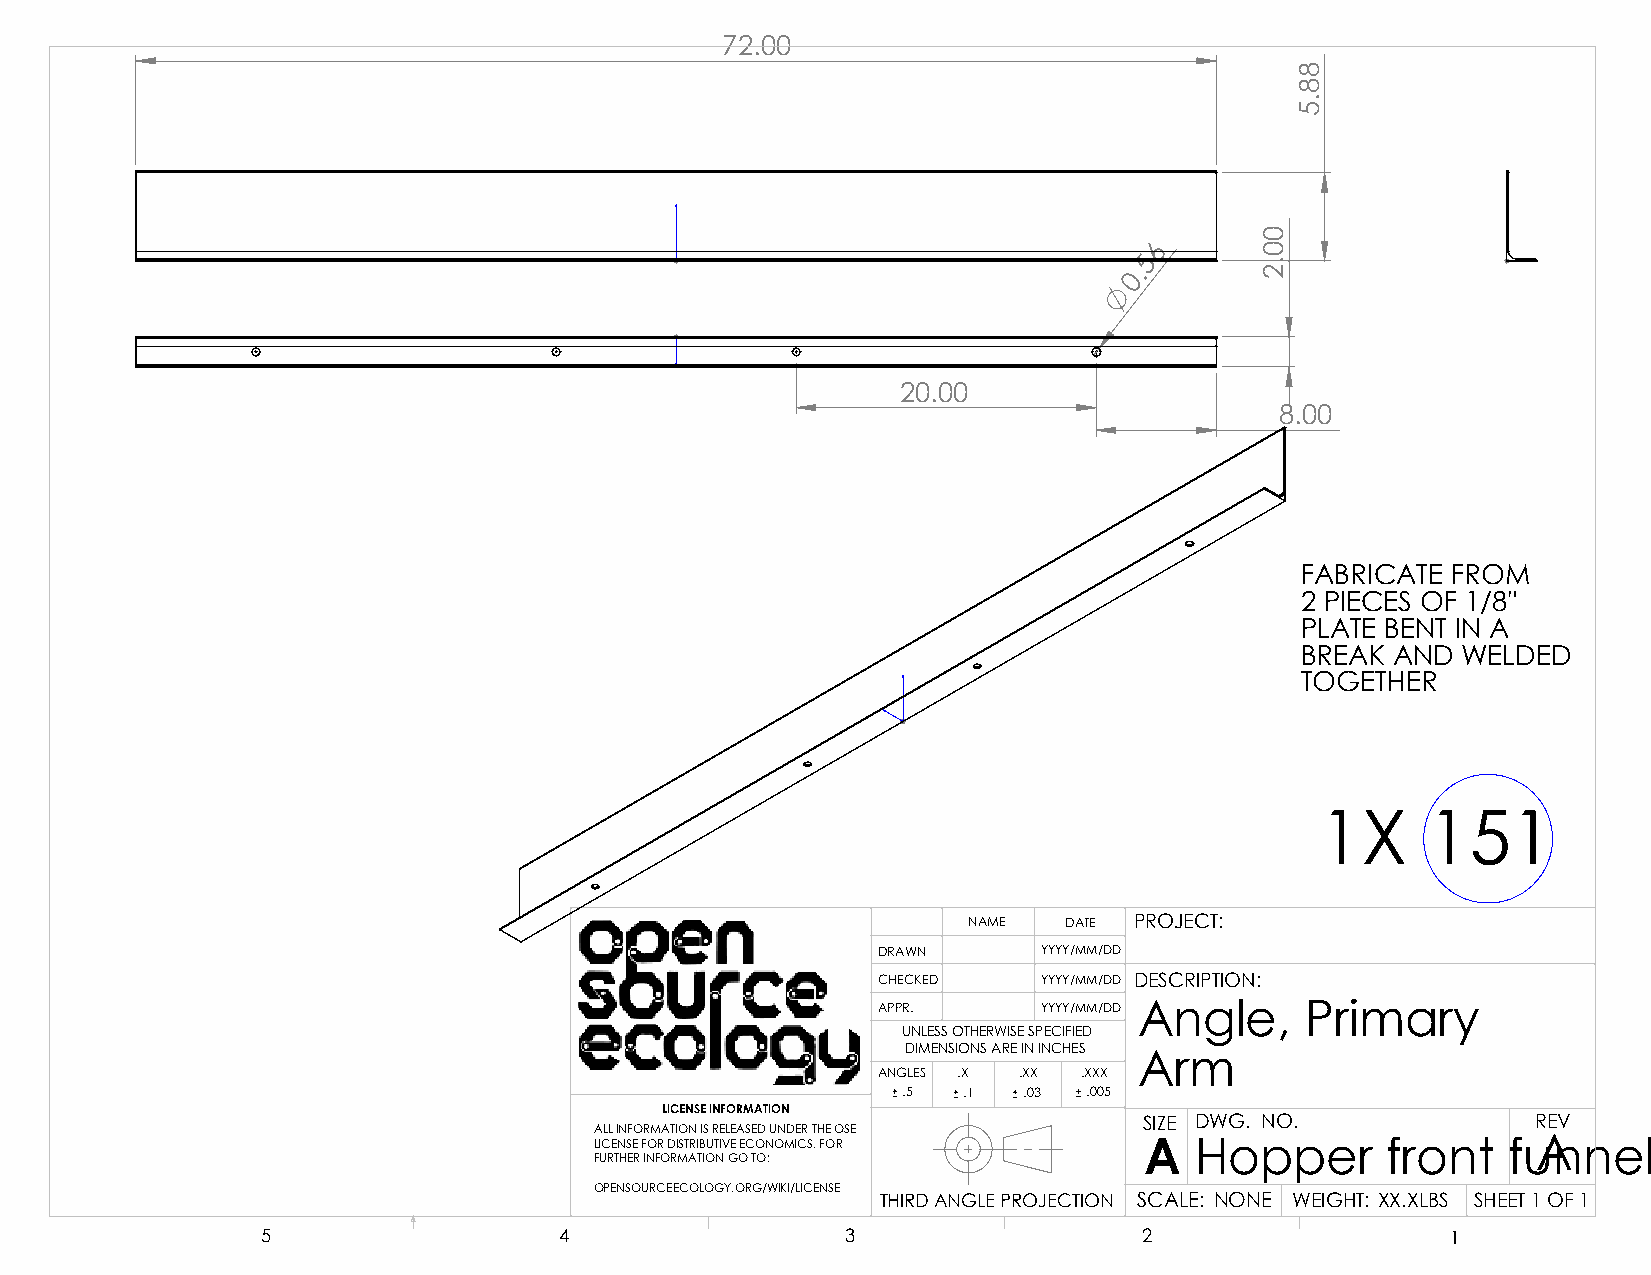
72.00
 6
 5
 0.
 20.00
 8.00
 FABRICATE FROM
 2 PIECES OF 1/8"
 PLATE BENT IN A
 BREAK AND  WELDED
 TOGETHER
 1X     151
 NAME  DATE PROJECT:
 DRAWN      YYYY/MM/DD
 CHECKED    YYYY/MM/DD DESCRIPTION:
 APPR.      YYYY/MM/DD Angle, Primary
 UNLESS OTHERWISE SPECIFIED
 DIMENSIONS ARE IN INCHES
 Arm
 ANGLES .X .XX .XXX
 .5  .1  .03 .005
 LICENSE INFORMATION
 SIZE DWG. NO.             REV
 ALL INFORMATION IS RELEASED UNDER THE OSE
 LICENSE FOR DISTRIBUTIVE ECONOMICS. FOR A Hopper     front   fuAnnel
 FURTHER INFORMATION GO TO:
 OPENSOURCEECOLOGY.ORG/WIKI/LICENSE
 THIRD ANGLE PROJECTION SCALE: NONE WEIGHT: XX.XLBS SHEET 1 OF 1
 5                   4                  3                   2                   1
 00.2
 88.5